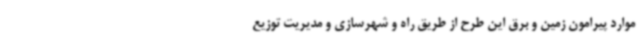
موارد پیرامون زمین و برق این طرح از طریق راه و شهرسازی و مدیریت توزیع